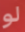
لو